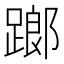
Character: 𨄂